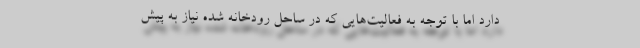
دارد اما با توجه به فعالیت‌هایی که در ساحل رودخانه شده نیاز به پیش